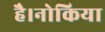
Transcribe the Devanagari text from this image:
है।नोकिया